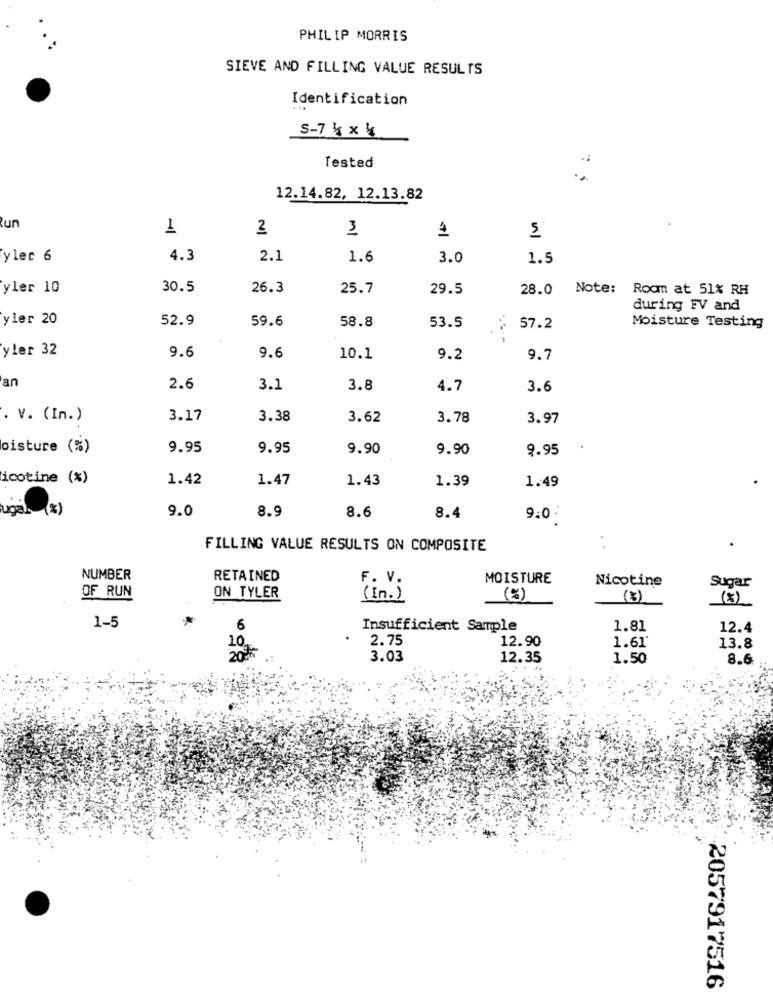
PHILIP MORRIS
SIEVE AND FILLING VALUE RESULTS
Identification
S-7× 4
Tested
12.14.82, 12.13.82
un
1
2
3
5
yler 6
4.3
2.1
1.6
3.0
1.5
yler 10
30.5
26.3
25.7
29.5
28.0 Note: Room at 51% RH
during FV and
yler 20
52.9
59.6
58.8
53.5
57.2
Moisture Testing
yler 32
9.6
9.6
10.1
9.2
9.7
an
2.6
3.1
3.8
4.7
3.6
. V. (In.)
3.17
3.38
3.62
3.78
3.97
oisture (%)
9.95
9.95
9.90
9.90
9.95
icotine (%)
1.42
1.47
1.43
1.39
1.49
9.0
8.9
ugal (%)
8.6
8.4
9:0
FILLING VALUE RESULTS ON COMPOSITE
NUMBER
RETAINED
MOISTURE
Nicotine
OF RUN
Sugar
ON TYLER
( In . )
(%)
(8)
(3)
1-5
Insufficient Sample
1.81
12.4
2.75
12.90
1.61
13.8
209
3.03
12.35
1.50
8.6
2057917516